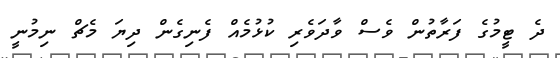
ދެ ޓީމުގެ ފަރާތުން ވެސް ވާދަވެރި ކުޅުމެއް ފެނިގެން ދިޔަ މެޗް ނިމުނީ